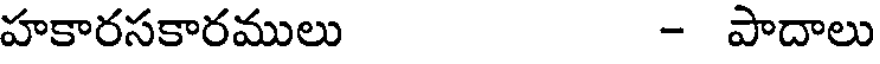
హకారసకారములు - పాదాలు